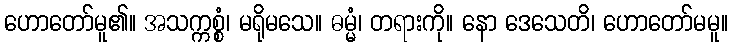
ဟောတော်မူ၏။ အသက္ကစ္စံ၊ မရိုမသေ။ ဓမ္မံ၊ တရားကို။ နော ဒေသေတိ၊ ဟောတော်မမူ။